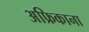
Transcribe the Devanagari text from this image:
अफ्रिकाना